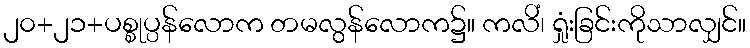
၂၀+၂၁+ပစ္စုပ္ပန်လောက တမလွန်လောက၌။ ကလိံ၊ ရှုံးခြင်းကိုသာလျှင်။